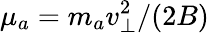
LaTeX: \mu_{a}=m_{a}v_{\perp}^{2}/(2B)